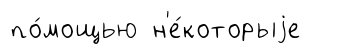
по́мощью н'е́которыjе